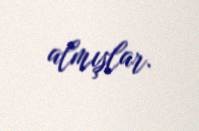
almışlar.